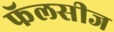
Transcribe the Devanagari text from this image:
फॅलसीज